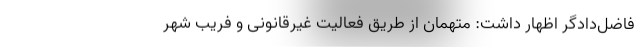
فاضل‌دادگر اظهار داشت: متهمان از طریق فعالیت غیرقانونی و فریب شهر